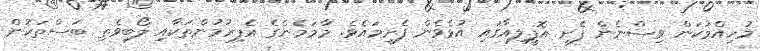
މުހިއްމުކަން ވިސްނެން ފެށީ އޮފީލިއާގައި އުޅެވެން ފެށީމައެވެ. މާމަމެންގެ އެފިރުމުންތަކާއި ލޯބިވެތި ބަސްތަކުން